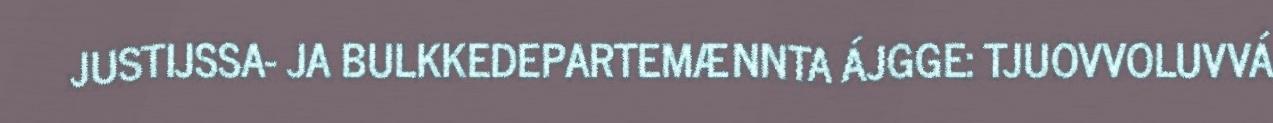
JUSTIJSSA- JA BULKKEDEPARTEMÆNNTA ÁJGGE: TJUOVVOLUVVÁ